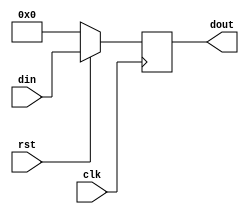
//--------------------------------------------------------------------------
//-- register.v
//-- Registro genrico de N bits, con reset asncrono activo a nival bajo
//--------------------------------------------------------------------------
//-- (C) BQ. August 2015. Written by Juan Gonzalez (Obijuan)
//--------------------------------------------------------------------------
//-- Parmetros:  N: Numero de bits
//--             INI: Valor inicial del registro al hacer el reset
//--------------------------------------------------------------------------

module register (rst, clk, din, dout);

//-- Parametros: nmero de bits del registro
parameter N = 4;     //-- Nmero de bits del registro
parameter INI = 0;   //-- Valor inicial

//-- Declaracin de los puertos
input wire rst;
input wire clk;
input wire [N-1:0] din;
output reg [N-1:0] dout;

//-- Registro
always @(posedge(clk))
  if (rst == 0)
    dout <= INI; //-- Inicializacion
  else
    dout <= din; //-- Funcionamiento normal

endmodule